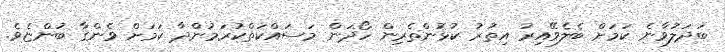
ބަދަލުވާނެ ކަމަށް ބެލެވޭއިރު އިތުރު ކުޅުންތެރިން ހޯދަން މަސައްކަތްކުރަމުންދާ ކަމަށް ވެންގާ ބުންޏެވެ.